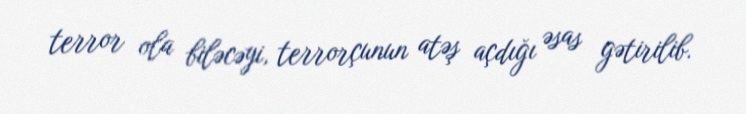
terror ola biləcəyi, terrorçunun atəş açdığı əsas gətirilib.